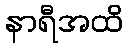
နာရီအထိ